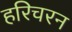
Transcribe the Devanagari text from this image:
हरिचरन